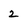
Character: 2